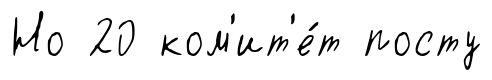
Но 20 ком'ит'е́т посту